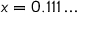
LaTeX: x = 0 . 1 1 1 \dots